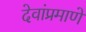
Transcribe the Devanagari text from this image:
देवांप्रमाणे